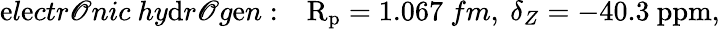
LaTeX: \mathrm{e}l\mathrm{e}ctr\mathscr{O}nic~hy\mathrm{d}r\mathscr{O}g\mathrm{e}n:~~~\mathrm{{R_{p}}}=1.067~fm,~\delta_{Z}=-40.3~\mathrm{{ppm}},